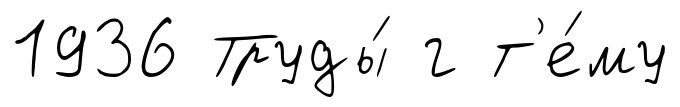
1936 Труды́ г т'е́му